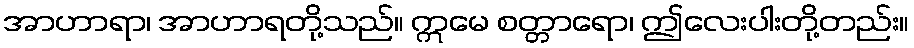
အာဟာရာ၊ အာဟာရတို့သည်။ ဣမေ စတ္တာရော၊ ဤလေးပါးတို့တည်း။